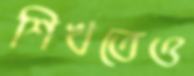
শিখতেও